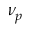
\nu _ { p }